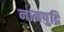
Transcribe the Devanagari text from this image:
नामपुद्रि